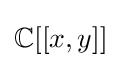
\mathbb {C} [[x,y]]